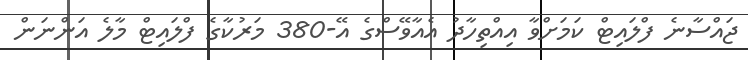
ޖައްސާނެ ފްލައިޓް ކަމަށްވާ އިއްތިހާދު އެއާވޭސްގެ އޭ-380 މަރުކާގެ ފްލައިޓް މާލެ އަންނަން